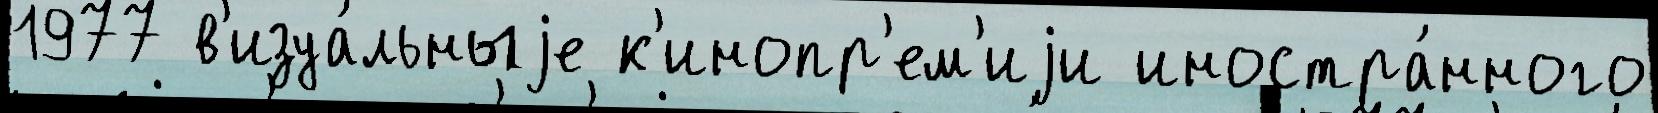
1977 в'изуа́льныjе к'инопр'ем'иjи иностра́нного